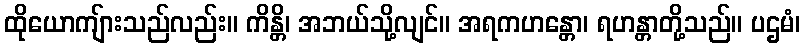
ထိုယောကျ်ားသည်လည်း။ ကိန္တိ၊ အဘယ်သို့လျင်။ အရကဟန္တော၊ ရဟန္တာတို့သည်။ ပဌမံ၊